Leaving Certificate Examination, 1921
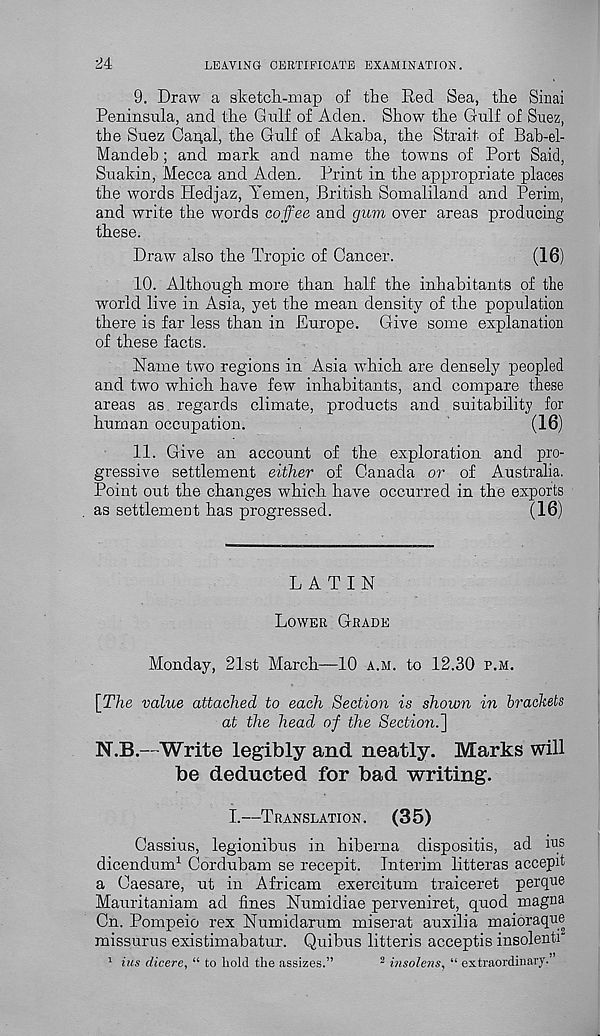
24:
LEAVING CERTIFICATE EXAMINATION.
9. Draw a sketch-map of the Red Sea, the Sinai
Peninsula, and the Gulf of Aden. Show the Gulf of Suez,
the Suez Canal, the Gulf of Akaba, the Strait of Bab-el-
Mandeb; and mark and name the towns of Port Said,
Suakin, Mecca and Aden. Print in the appropriate places
the words Hedjaz, Yemen, British Somaliland and Perim,
and write the words coffee and gum over areas producing
these.
Draw also the Tropic of Cancer.
(16)
10. Although more than half the inhabitants of the
world live in Asia, yet the mean density of the population
there is far less than in Europe. Give some explanation
of these facts.
Name two regions in Asia wdiich are densely peopled
and two which have few inhabitants, and compare these
areas as regards climate, products and suitability for
human occupation.
(16)
11. Give an account of the exploration and pro-
gressive settlement either of Canada or of Australia.
Point out the changes which have occurred in the exports
as settlement has progressed.
(16)
LATIN
LOWER GRADE
Monday, 21st March—10 A.M. to 12.30 P.M.
[The value attached to each Section is shown in brackets
at the head of the Sectio7i.~\
N.B.—Write legibly and neatly. Marks will
be deducted for bad writing.
I.—TRANSLATION.
(35)
Cassius, legionibus in hiberna dispositis, ad up
dicendum 1 Cordubam se recepit. Interim litteras accepit
a Caesare, ut in Africam exercitum traiceret perque
Mauritaniam ad fines Numidiae perveniret, quod magna
Cn. Pompeio rex Numidarum miserat auxilia maioraque
missurus existimabatur. Quibus litteris acceptis insolenti
1 ius dicere, “ to hold the assizes.”
2 insolens, “ extraordinary-